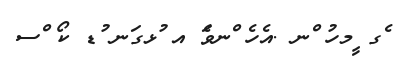
ެގ ީމހު ްނ .އެހެ ްނވެަ އ ުޅގަނ ުޑ ކޯ ްސ